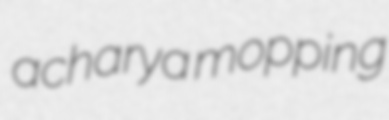
acharya mopping